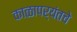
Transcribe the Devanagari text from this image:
काळापर्यंतचे